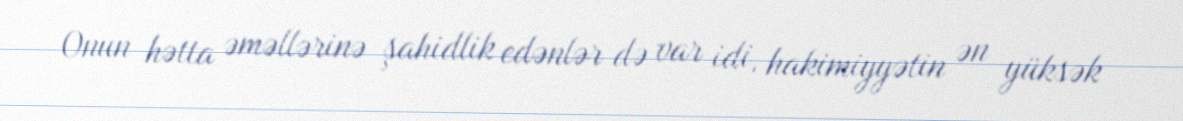
Onun hətta əməllərinə şahidlik edənlər də var idi, hakimiyyətin ən yüksək